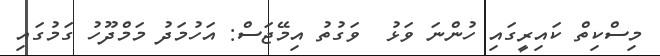
މިސްކިތް ކައިރީގައި ހުންނަ ވަޅު  ވަގުތު އިމޭޖަސް: އަހުމަދު މަމްދޫހު ގަމުގައި